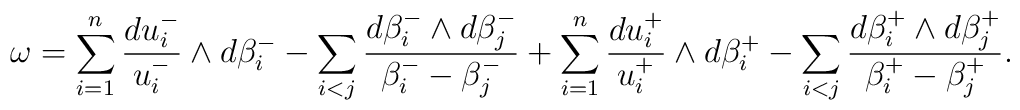
\omega= \sum_{i=1}^n \frac{du_i^-}{u_i^-}\wedge  d\beta_i^- -\sum_{i<j}\frac{d\beta_i^-\wedge d\beta_j^-}{\beta_i^--\beta_j^-} + \sum_{i=1}^n \frac{du_i^+}{u_i^+}\wedge  d\beta_i^+ -\sum_{i<j}\frac{d\beta_i^+\wedge d\beta_j^+}{\beta_i^+-\beta_j^+}.